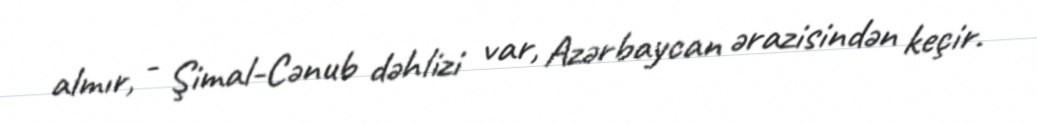
almır, - Şimal-Cənub dəhlizi var, Azərbaycan ərazisindən keçir.